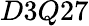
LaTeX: D3Q27